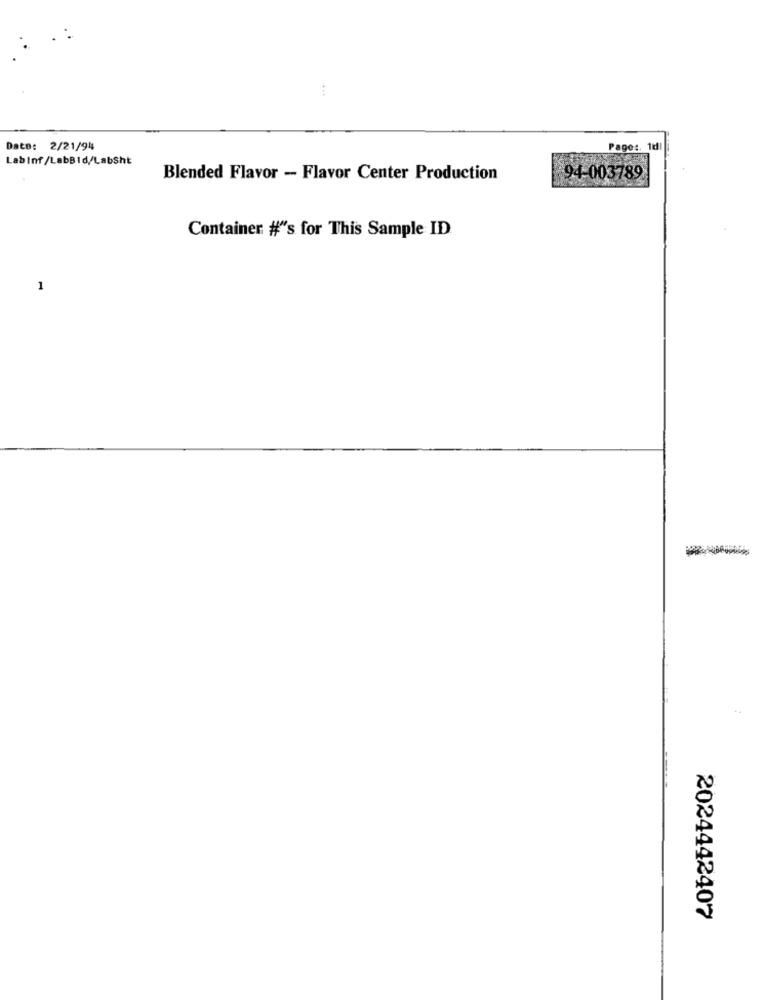
Date: 2/21/94
Pages. 1dl
Lab Inf/LabBid/LabSht
Blended Flavor - Flavor Center Production
94-003789
Container #"'s for This Sample ID
1
2024442407